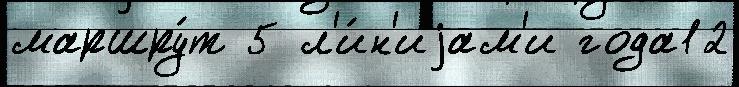
маршру́т 5 л'и́н'иjам'и года12